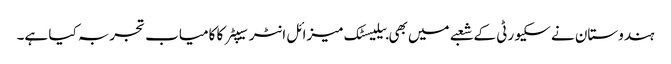
ہندوستان نے سکیورٹی کے شعبے میں بھی بیلیسٹک میزائل انٹرسیپٹر کا کامیاب تجربہ کیا ہے۔